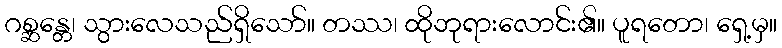
ဂစ္ဆန္တေ၊ သွားလေသည်ရှိသော်။ တဿ၊ ထိုဘုရားလောင်း၏။ ပူရတော၊ ရှေ့မှ။